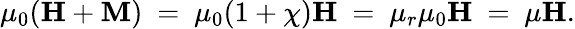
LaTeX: \mu_{0}(\mathbf{H}+\mathbf{M})\ =\ \mu_{0}(1+\chi)\mathbf{H}\ =\ \mu_{r}\mu_{0}\mathbf{H}\ =\ \mu\mathbf{H}.